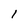
Character: l